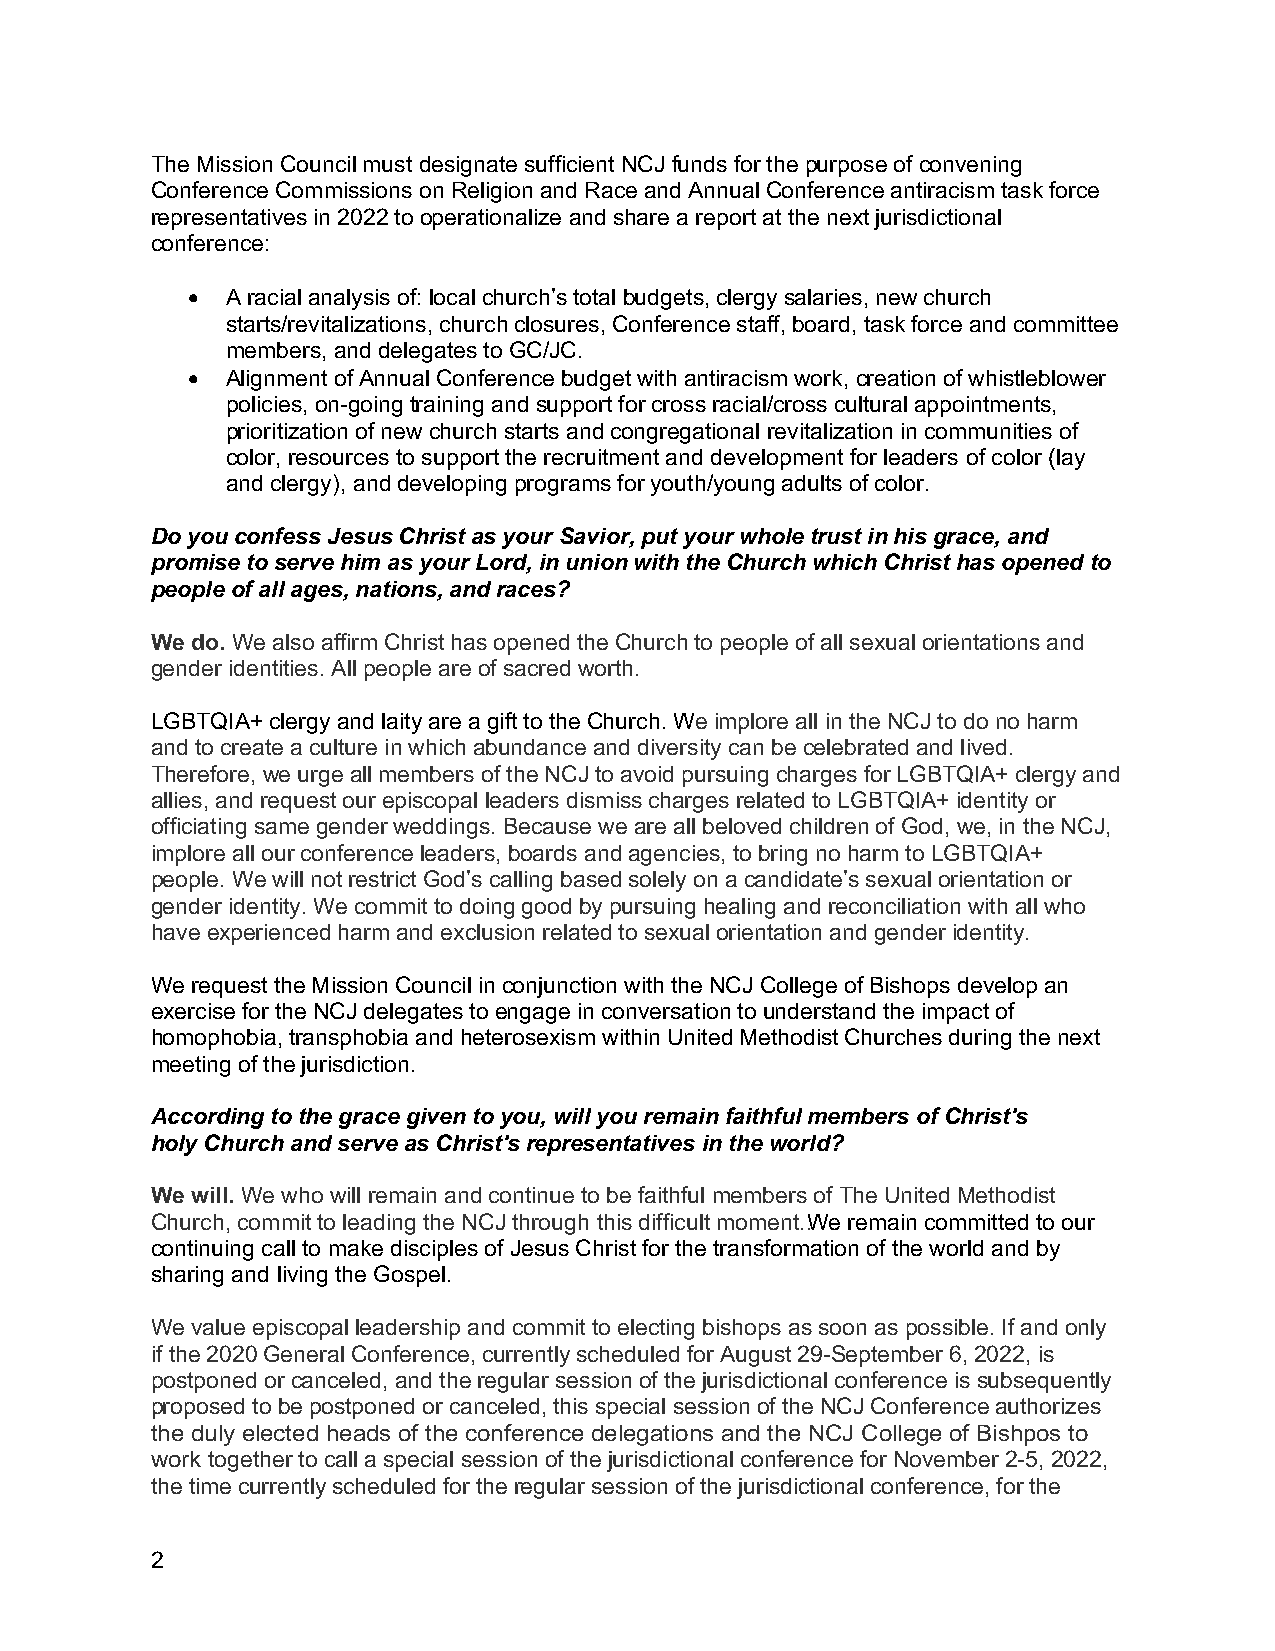
The Mission Council must designate sufficient NCJ funds for the purpose of convening
 Conference Commissions on Religion and Race and Annual Conference antiracism task force
 representatives in 2022 to operationalize and share a report at the next jurisdictional
 conference:
 •  A racial analysis of: local church’s total budgets, clergy salaries, new church
 starts/revitalizations, church closures, Conference staff, board, task force and committee
 members, and delegates to GC/JC.
 •  Alignment of Annual Conference budget with antiracism work, creation of whistleblower
 policies, on-going training and support for cross racial/cross cultural appointments,
 prioritization of new church starts and congregational revitalization in communities of
 color, resources to support the recruitment and development for leaders of color (lay
 and clergy), and developing programs for youth/young adults of color.
 Do you confess Jesus Christ as your Savior, put your whole trust in his grace, and
 promise to serve him as your Lord, in union with the Church which Christ has opened to
 people of all ages, nations, and races?
 We do. We also affirm Christ has opened the Church to people of all sexual orientations and
 gender identities. All people are of sacred worth.
 LGBTQIA+ clergy and laity are a gift to the Church. We implore all in the NCJ to do no harm
 and to create a culture in which abundance and diversity can be celebrated and lived.
 Therefore, we urge all members of the NCJ to avoid pursuing charges for LGBTQIA+ clergy and
 allies, and request our episcopal leaders dismiss charges related to LGBTQIA+ identity or
 officiating same gender weddings. Because we are all beloved children of God, we, in the NCJ,
 implore all our conference leaders, boards and agencies, to bring no harm to LGBTQIA+
 people. We will not restrict God’s calling based solely on a candidate’s sexual orientation or
 gender identity. We commit to doing good by pursuing healing and reconciliation with all who
 have experienced harm and exclusion related to sexual orientation and gender identity.
 We request the Mission Council in conjunction with the NCJ College of Bishops develop an
 exercise for the NCJ delegates to engage in conversation to understand the impact of
 homophobia, transphobia and heterosexism within United Methodist Churches during the next
 meeting of the jurisdiction.
 According to the grace given to you, will you remain faithful members of Christ's
 holy Church and serve as Christ's representatives in the world?
 We will. We who will remain and continue to be faithful members of The United Methodist
 Church, commit to leading the NCJ through this difficult moment. . We remain committed to our
 continuing call to make disciples of Jesus Christ for the transformation of the world and by
 sharing and living the Gospel.
 We value episcopal leadership and commit to electing bishops as soon as possible. If and only
 if the 2020 General Conference, currently scheduled for August 29-September 6, 2022, is
 postponed or canceled, and the regular session of the jurisdictional conference is subsequently
 proposed to be postponed or canceled, this special session of the NCJ Conference authorizes
 the duly elected heads of the conference delegations and the NCJ College of Bishpos to
 work together to call a special session of the jurisdictional conference for November 2-5, 2022,
 the time currently scheduled for the regular session of the jurisdictional conference, for the
 2